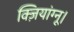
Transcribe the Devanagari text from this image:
क्ज़ियांग्नू।